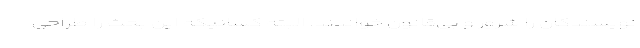
نویسندگان را شرور و بی‌قانون خواندند. البته کسانیکه این بحث را طراحی